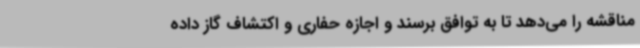
مناقشه را می‌دهد تا به توافق برسند و اجازه حفاری و اکتشاف گاز داده